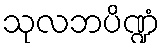
သုလဘပိဏ္ဍံ